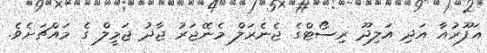
ޣަފޫރުއާ އަދި އަލިދޫ ރިސޯޓްގެ ޖެނެރަލް މެނޭޖަރު ޖާދު ޖަމީލް ގެ މައްޗަށެވެ.